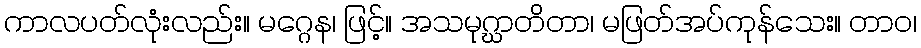
ကာလပတ်လုံးလည်း။ မဂ္ဂေန၊ ဖြင့်။ အသမုဂ္ဃာတိတာ၊ မဖြတ်အပ်ကုန်သေး။ တာဝ၊